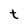
Character: t